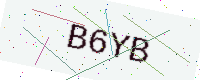
Text: B6YB